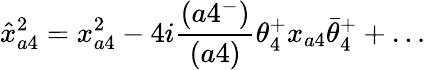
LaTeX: \hat{x}_{a4}^{2}=x_{a4}^{2}-4i{\frac{(a4^{-})}{(a4)}}\theta_{4}^{+}x_{a4}\bar{\theta}_{4}^{+}+\ldots